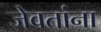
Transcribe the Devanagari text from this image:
जेवतांना